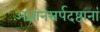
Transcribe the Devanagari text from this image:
अज्ञानसर्पदष्टानां